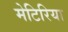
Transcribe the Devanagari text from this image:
मेटिरिया